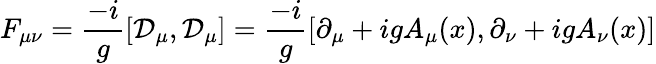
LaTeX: F_{\mu\nu}={\frac{-i}{g}}[{\mathcal{D}}_{\mu},{\mathcal{D}}_{\mu}]={\frac{-i}{g}}[\partial_{\mu}+igA_{\mu}(x),\partial_{\nu}+igA_{\nu}(x)]